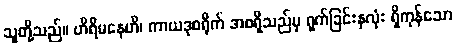
သူတို့သည်။ ဟိရိမနေဟိ၊ ကာယဒုစရိုက် အစရှိသည်မှ ရှက်ခြင်းနှလုံး ရှိကုန်သော